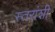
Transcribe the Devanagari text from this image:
स्तरांशी